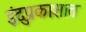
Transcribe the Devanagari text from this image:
इंदुप्रकाशात